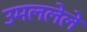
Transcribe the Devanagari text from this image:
उमललेले